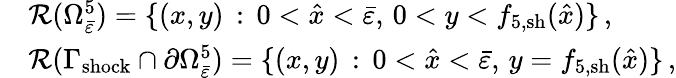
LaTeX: \begin{array}{rl}&{\mathcal{R}(\Omega_{\bar{\varepsilon}}^{5})=\{ (x,y)\, :\, 0<\hat{x}<\bar{\varepsilon},\, 0<y<{f}_{5,\mathrm{sh}}(\hat{x})\} \, ,}\\ &{\mathcal{R}(\Gamma_{\mathrm{shock}}\cap\partial\Omega_{\bar{\varepsilon}}^{5})=\{ (x,y)\, :\, 0<\hat{x}<\bar{\varepsilon},\, y={f}_{5,\mathrm{sh}}(\hat{x})\} \, ,}\end{array}